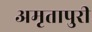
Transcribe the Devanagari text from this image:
अमृतापुरी